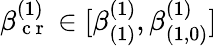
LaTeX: \beta_{\mathrm{~c~r~}}^{(1)}\in[\beta_{(1)}^{(1)},\beta_{(1,0)}^{(1)}]